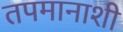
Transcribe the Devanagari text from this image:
तपमानाशी